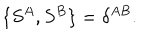
LaTeX: { \{ S ^ { A } , S ^ { B } \} = \delta ^ { A B } . }